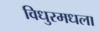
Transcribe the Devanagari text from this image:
विधुरमधला